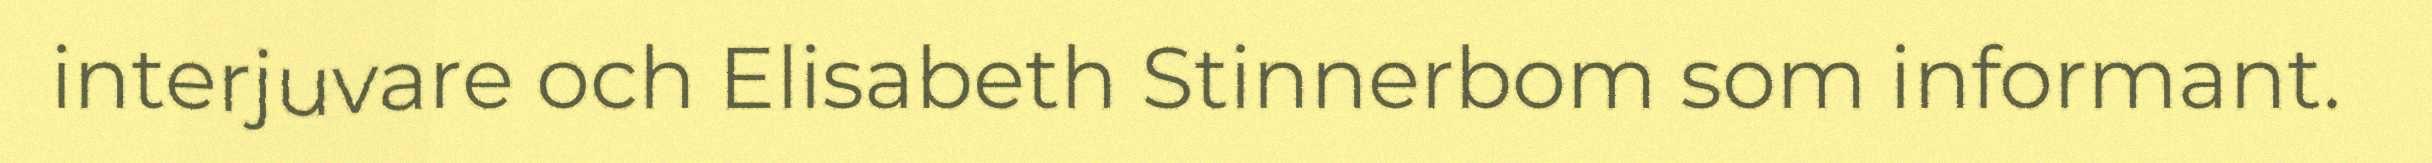
interjuvare och Elisabeth Stinnerbom som informant.